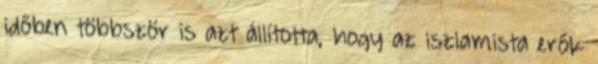
időben többször is azt állította, hogy az iszlamista erők